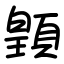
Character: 𩔇